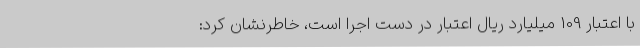
با اعتبار 109 میلیارد ریال اعتبار در دست اجرا است، خاطرنشان کرد: